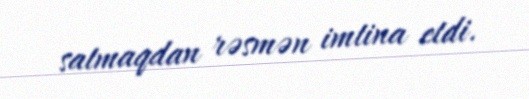
satmaqdan rəsmən imtina etdi.